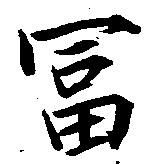
冨